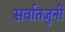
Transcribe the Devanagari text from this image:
सर्वातजुनी